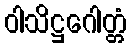
ဝါသိဋ္ဌဂေါတ္တံ